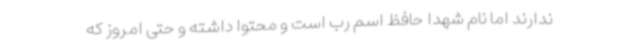
ندارند اما نام شهدا حافظ اسم رب است و محتوا داشته و حتی امروز که